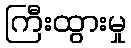
ကြီးထွားမှု